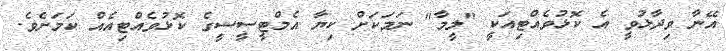
އޭނާ ވިދާޅުވީ އެ ކޮޅުވެއްޓިއަކީ "ލީމާ" ނަމަކަށް ކިޔާ އެމްޓީސީސީގެ ކޮޅުވެއްޓިއެއް ކަމަށެވެ.